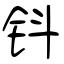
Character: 钭